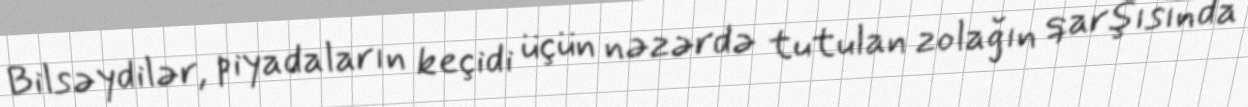
Bilsəydilər, piyadaların keçidi üçün nəzərdə tutulan zolağın qarşısında